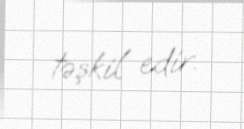
təşkil edir.